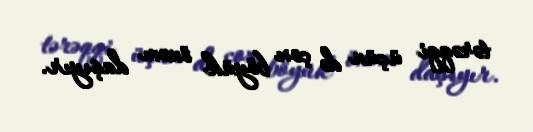
tərəqqi üçün də çox böyük önəm daşıyır.